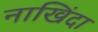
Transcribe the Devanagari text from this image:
नाखिंदा